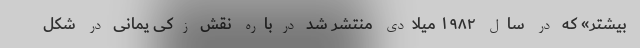
بیشتر» که در سال ۱۹۸۲ میلادی منتشر شد درباره نقش زکی یمانی در شکل